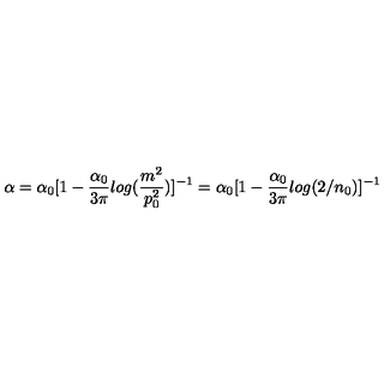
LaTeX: \alpha = \alpha _ { 0 } [ 1 - \frac { \alpha _ { 0 } } { 3 \pi } l o g ( \frac { m ^ { 2 } } { p _ { 0 } ^ { 2 } } ) ] ^ { - 1 } = \alpha _ { 0 } [ 1 - \frac { \alpha _ { 0 } } { 3 \pi } l o g ( 2 / n _ { 0 } ) ] ^ { - 1 }